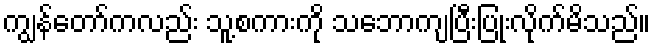
ကျွန်တော်ကလည်း သူ့စကားကို သဘောကျပြီးပြုံးလိုက်မိသည်။